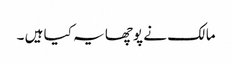
مالک نے پوچھا یہ کیا ہیں ۔